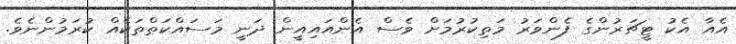
އެއާ އެކު ޓީޗަރުންގެ ފެންވަރު މަތިކުރުމަށް ވެސް އެންއައިއީން ދަނީ މަސައްކަތްތަކެއް ކުރަމުންނެވެ.